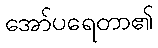
အော်ပရေတာ၏